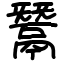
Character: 鬵